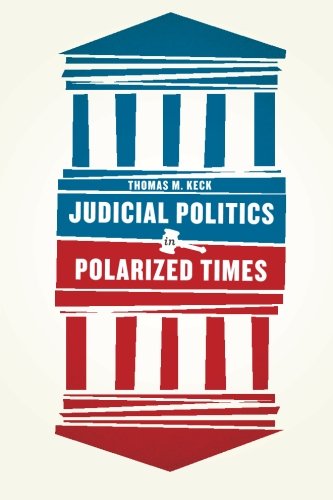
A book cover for Judicial Politics in Polarized Times; Thomas M. Keck; Law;